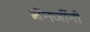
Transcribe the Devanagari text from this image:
बॅनर्जीनी